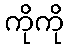
ကိုကို